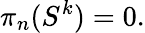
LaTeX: \pi_{n}(S^{k})=0.